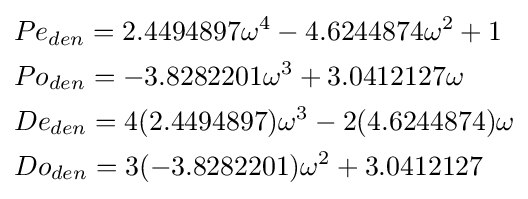
{\begin{aligned}&Pe_{den}=2.4494897\omega ^{4}-4.6244874\omega ^{2}+1\\&Po_{den}=-3.8282201\omega ^{3}+3.0412127\omega \\&De_{den}=4(2.4494897)\omega ^{3}-2(4.6244874)\omega \\&Do_{den}=3(-3.8282201)\omega ^{2}+3.0412127\end{aligned}}